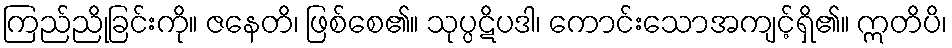
ကြည်ညိုခြင်းကို။ ဇနေတိ၊ ဖြစ်စေ၏။ သုပ္ပဋိပဒါ၊ ကောင်းသောအကျင့်ရှိ၏။ ဣတိပိ၊